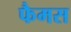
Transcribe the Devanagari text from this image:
फैमस